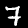
Digit: 7